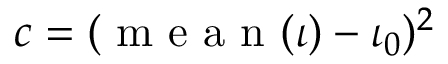
c = ( \mathrm { ~ m ~ e ~ a ~ n ~ } ( \iota ) - \iota _ { 0 } ) ^ { 2 }